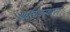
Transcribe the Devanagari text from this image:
अर्थव्यवस्थापन